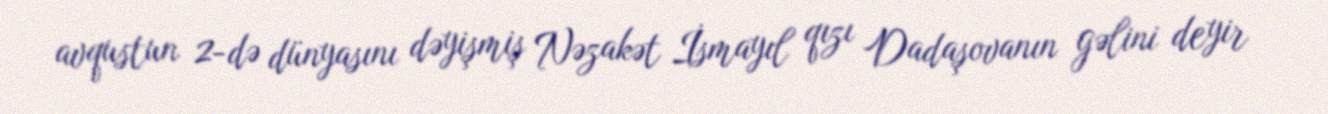
avqustun 2-də dünyasını dəyişmiş Nəzakət İsmayıl qızı Dadaşovanın gəlini deyir